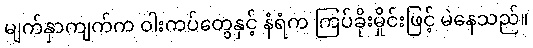
မျက်နှာကျက်က ဝါးကပ်တွေနှင့် နံရံက ကြပ်ခိုးမှိုင်းဖြင့် မဲနေသည်။